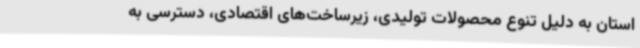
استان به دلیل تنوع محصولات تولیدی، زیرساخت‌های اقتصادی، دسترسی به